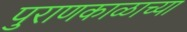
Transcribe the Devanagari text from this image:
पुराणकाळाच्या